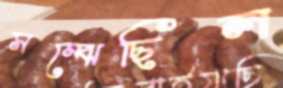
সম্‌ঝেছিল